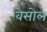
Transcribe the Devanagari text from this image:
वेसोल